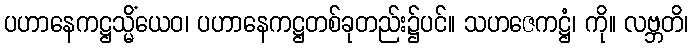
ပဟာနေကဋ္ဌသ္မိံယေဝ၊ ပဟာနေကဋ္ဌတစ်ခုတည်း၌ပင်။ သဟဇေကဋ္ဌံ၊ ကို။ လဗ္ဘတိ၊